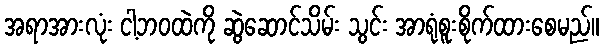
အရာအားလုံး ငါ့ဘဝထဲကို ဆွဲဆောင်သိမ်း သွင်း အာရုံစူးစိုက်ထားစေမည်။